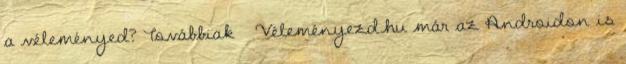
a véleményed? Továbbiak » Véleményezd.hu már az Androidon is